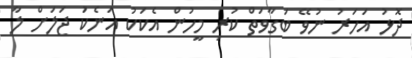
ދޮޅު އަހަރު ނުވޭ ބަގާވަތް ކުރި މީހުން އެކަކު އަނެކަު ޖަލަށް ލާ